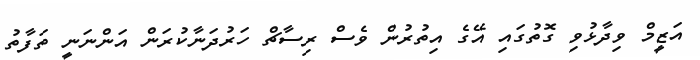
އަޒީމް ވިދާޅުވި ގޮތުގައި އޭގެ އިތުރުން ވެސް ރިސާޗް ހަރުދަނާކުރަން އަންނަނީ ތަފާތު